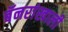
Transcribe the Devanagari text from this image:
बॅनरांखाली